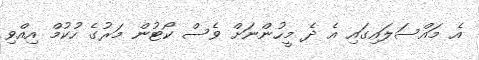
އެ މައްސަލައިގައި އެ ދެ މީހުންނަށް ވެސް ކޯޓުން މަރުގެ ހުކުމް އިއްވި